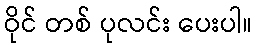
ဝိုင် တစ် ပုလင်း ပေးပါ။